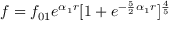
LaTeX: f = f _ { 0 1 } e ^ { \alpha _ { 1 } r } [ 1 + e ^ { - \frac { 5 } { 2 } { \alpha _ { 1 } } r } ] ^ { \frac { 4 } { 5 } }